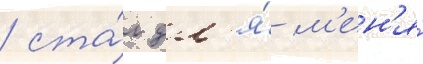
/ ста́л дл'я́ м'ен'я́